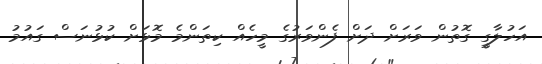
އަހުލާގީ ގޮތުން ވަރަށް ދަށް ފެންވަރުގެ މީހެއް ކިތަންމެ މޮޅަށް ކުޅުނަސް ގައުމު